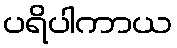
ပရိပါကာယ